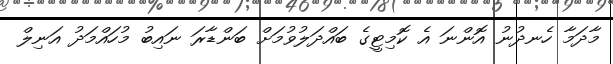
މާދަމާ ހެނދުނު އޮންނަ އެ ކޮމިޓީގެ ބައްދަލުވުމަށް ބަންޑާރަ ނައިބު މުހައްމަދު އަނިލް